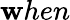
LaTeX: \mathbf{w}hen